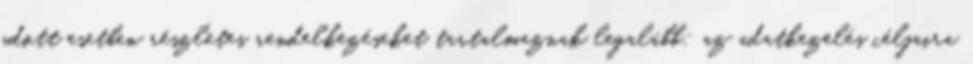
adott esetben részletes rendelkezéseket tartalmaznak legalább: az adatkezelés céljaira